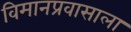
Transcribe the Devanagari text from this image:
विमानप्रवासाला